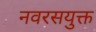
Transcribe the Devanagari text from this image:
नवरसयुक्त